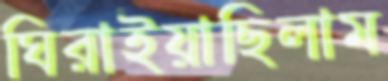
ঘিরাইয়াছিলাম